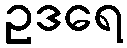
ဥဒရေ